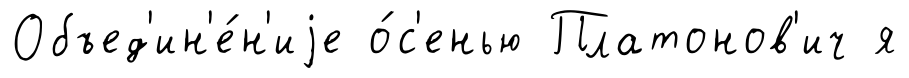
Объед'ин'е́н'иjе о́с'енью Платонов'ич я